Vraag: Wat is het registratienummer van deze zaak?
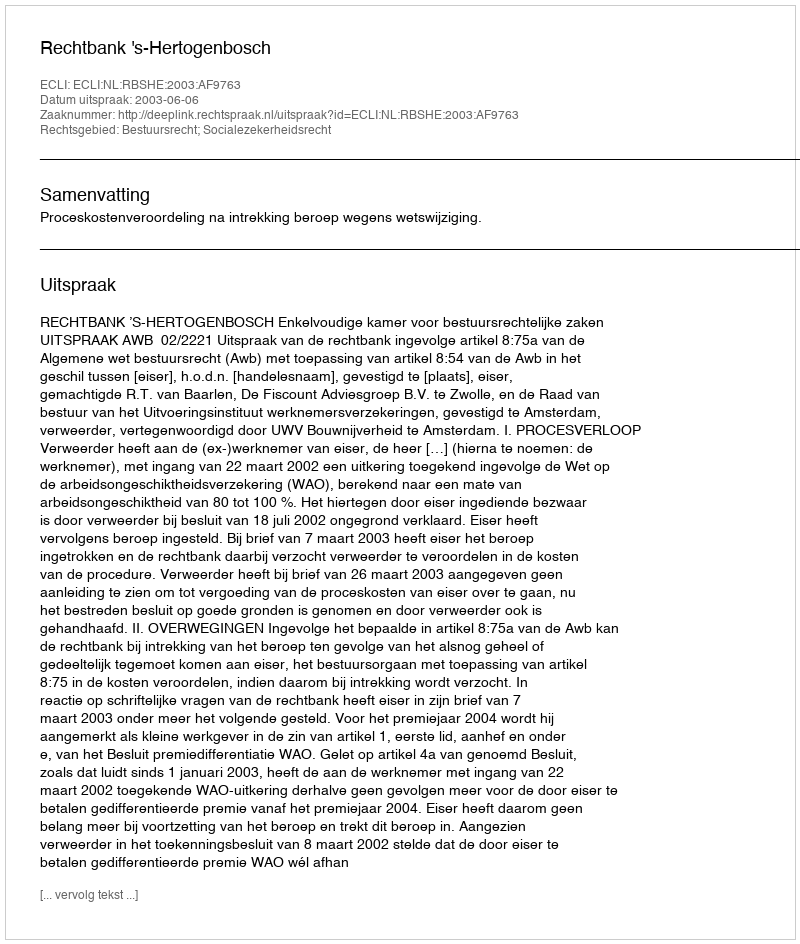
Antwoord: http://deeplink.rechtspraak.nl/uitspraak?id=ECLI:NL:RBSHE:2003:AF9763